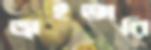
ড্রাইভারি